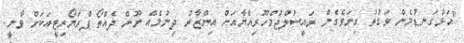
"އަޅުގަނޑުމެން ވަގުތު ގިނަވެގެން ރައީސުލްޖުމްހޫރިއްޔާއަށް އިންޒާރު ދިނުމެއް ނޫން ދެއްތޯ ޕްރަޔޯރިޓީއަކަށް ވާނީ.